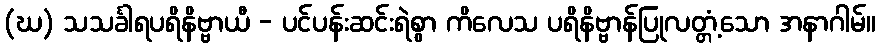
(ဃ) သသင်္ခါရပရိနိဗ္ဗာယီ - ပင်ပန်းဆင်းရဲစွာ ကိလေသ ပရိနိဗ္ဗာန်ပြုလတ္တံ့သော အနာဂါမ်။